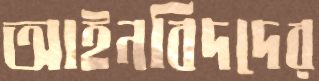
আইনবিদদের